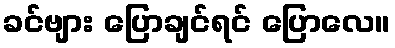
ခင်ဗျား ပြောချင်ရင် ပြောလေ။